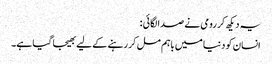
یہ دیکھ کر رومی نے صدا لگائی :
انسان کو دنیا میں باہم مل کر رہنے کے لیے بھیجا گیا ہے۔